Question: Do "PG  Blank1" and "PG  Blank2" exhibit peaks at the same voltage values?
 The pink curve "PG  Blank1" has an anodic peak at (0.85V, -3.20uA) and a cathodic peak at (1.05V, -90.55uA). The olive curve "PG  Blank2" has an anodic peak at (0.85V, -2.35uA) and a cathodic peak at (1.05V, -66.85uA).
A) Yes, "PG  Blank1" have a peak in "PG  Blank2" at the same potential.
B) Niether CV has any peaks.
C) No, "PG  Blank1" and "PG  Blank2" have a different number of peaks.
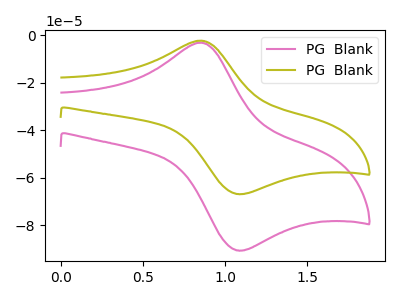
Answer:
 <answer>A) Yes, "PG  Blank1" have a peak in "PG  Blank2" at the same potential.</answer>
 <eval>A</eval>